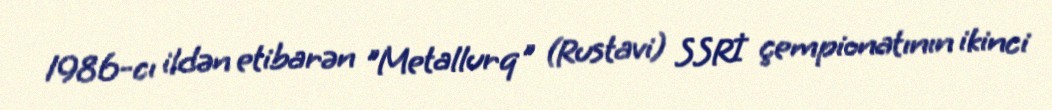
1986-cı ildən etibarən "Metallurq" (Rustavi) SSRİ çempionatının ikinci